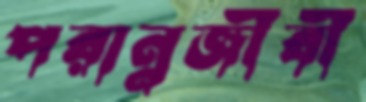
পরান্নজীবী